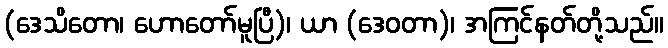
(ဒေသိတော၊ ဟောတော်မူပြီ)၊ ယာ (ဒေဝတာ)၊ အကြင်နတ်တို့သည်။